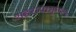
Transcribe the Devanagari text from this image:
शहरापासुन१५